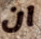
ان